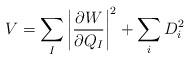
LaTeX: \begin{align*}V= \sum_{I} \left| \frac{\partial W}{\partial Q_{I}} \right|^2 + \sum_i D^2_i\end{align*}